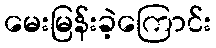
မေးမြန်းခဲ့ကြောင်း